Notes on the propagation and cultivation of the medicinal cinchonas, or Peruvian bark trees
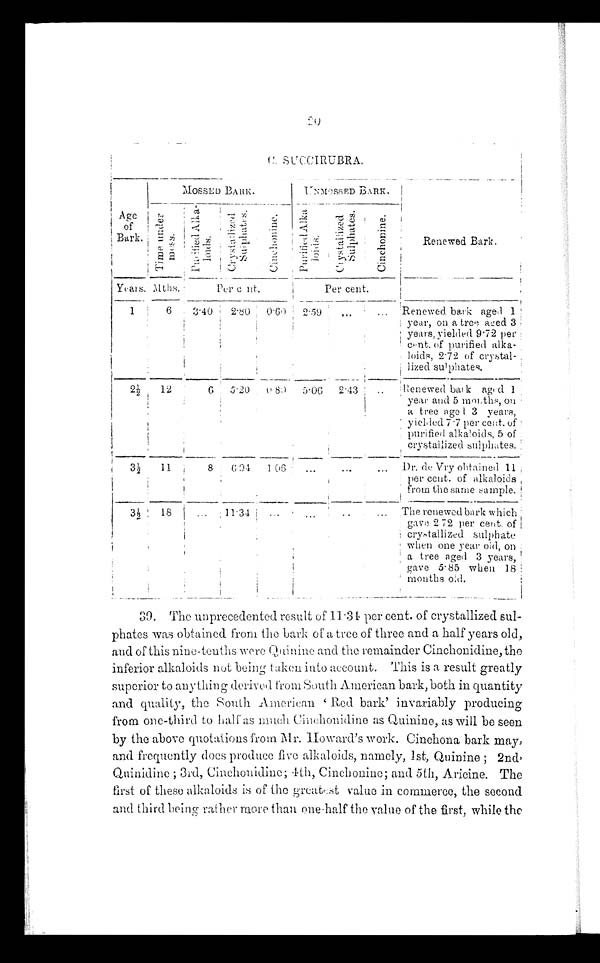
C. SUCCIRUBRA.
Age
of
Bark.
MOSSED BARK
U N M O S S E D B A R K
Renewed Bark.
T i m e u n d e r m o s s .
P u r i f i e d A l k a - l o i d s
C r y s t a l l i z e d S u l p h a t e s .
C i n c h o n i n e .
P u r i f i e d A l k a l o i d s
Cr ys t al l i zed Sul phat es .
C i n c h o n i n e .
Years.
M t h s .
Per cent.
Per cent.
1
6
3.40
2.80
0.60
2 . 59
. . .
. . .
Renewed bark aged 1
year, on a tree aged 3
years, yielded 9 . 72 per
cent. of purified alka
-loids, 2.72 of crystal
-lized sulphates.
2½
12
6
5.20
0 . 8 0
5.06
2 . 4 3
. . .
Renewed bark aged 1
year and 5 months, on
a tree aged 3 years,
yielded 7 . 7 per cent. of
purified alkaloids, 5 of
crystallized sulphates.
3 ½
11
8
6.94
1.06
. . .
. . .
. . .
Dr. de Vry obtained 11
per cent. of alkaloids
from the same sample.
3 ½ 18
. . . 11.34
. . . . . .
. . .
. . .
The renewed bark which
gave 2.72 per cent. of
crystallized sulphate
when one year old, on
a tree aged 3 years,
gave 5 . 85 when 18
months old.
39. The unprecedented result of 11.34 per cent. of crystallized sul
-phates was obtained from the bark of a tree of three and a half years old,
and of this nine-tenths were Quinine and the remainder Cinchonidine, the
inferior alkaloids not being taken into account. This is a result greatly
superior to anything derived from South American bark, both in quantity
and quality, the South American 'Red bark' invariably producing
from one-third to half as much Cinchonidine as Quinine, as will be seen
by the above quotations from Mr. Howard's work. Cinchona bark may,
and frequently does produce five alkaloids, namely, 1st, Quinine; 2nd,
Quinidine; 3rd, Cinchonidine; 4th, Cinchonine; and 5th, Aricine. The
first of these alkaloids is of the greatest value in commerce, the second
and third being rather more than one-half the value of the first, while the